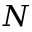
N